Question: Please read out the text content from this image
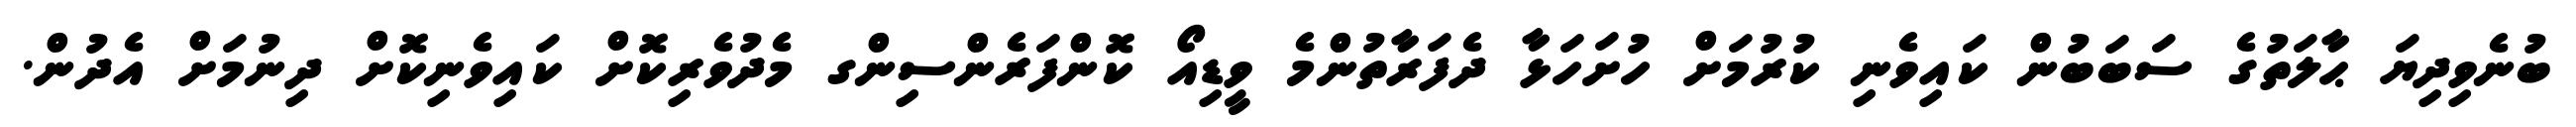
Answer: ބުނެވިދިޔަ ޙާލަތުގެ ސަބަބުން ކައިވެނި ކުރުމަށް ހުށަހަޅާ ދެފަރާތުންމެ ވީޑިއޯ ކޮންފަރެންސިންގ މެދުވެރިކޮށް ކައިވެނިކޮށް ދިނުމަށް އެދުން.